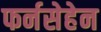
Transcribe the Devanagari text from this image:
फर्नसेहेन